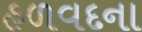
હળવદના